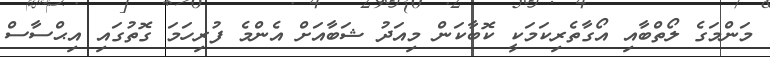
މަންމަގެ ލޯތްބާއި އޯގާތެރިކަމަކީ ކޮބާކަން މިއަދު ޝަބާއަށް އެންމެ ފުރިހަމަ ގޮތުގައި އިޙްސާސް